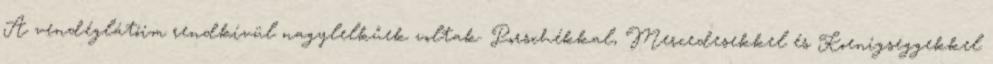
A vendéglátóim rendkívül nagylelkűek voltak. Porschékkal, Mercedesekkel és Koenigseggekkel